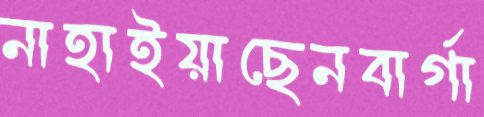
নাহাইয়াছেনবার্গা